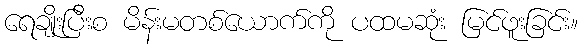
ရေချိုးပြီးစ မိန်းမတစ်ယောက်ကို ပထမဆုံး မြင်ဖူးခြင်း။